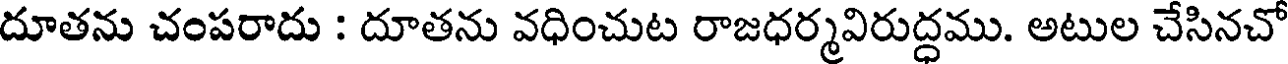
దూతను చంపరాదు : దూతను వధించుట రాజధర్మవిరుద్ధము. అటుల చేసినచో